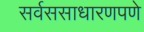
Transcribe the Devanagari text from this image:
सर्वससाधारणपणे